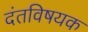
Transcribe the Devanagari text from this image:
दंतविषयक